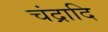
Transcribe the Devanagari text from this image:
चंद्रादि